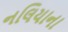
નલિયાના